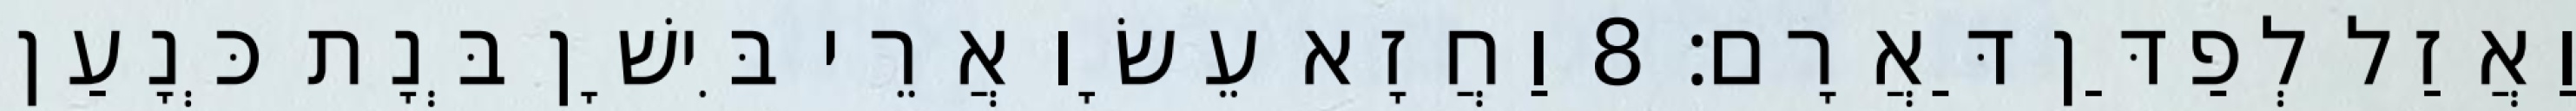
וַאֲזַל לְפַדַּן דַּאֲרָם׃ 8 וַחֲזָא עֵשָׂו אֲרֵי בִּישָׁן בְּנָת כְּנָעַן